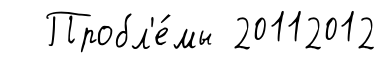
Пробл'е́мы 20112012